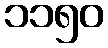
၁၁၅၀